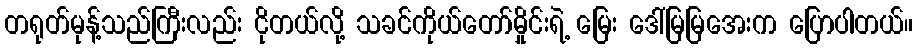
တရုတ်မုန့်သည်ကြီးလည်း ငိုတယ်လို့ သခင်ကိုယ်တော်မှိုင်းရဲ့ မြေး ဒေါ်မြမြအေးက ပြောပါတယ်။